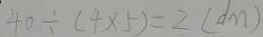
4 0 \div ( 4 \times 5 ) = 2 ( d m )